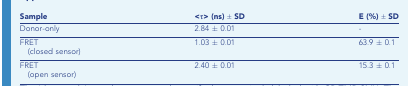
<table><thead><tr><td><b>Sample</b></td><td><b>&lt;τ&gt; (ns) ± SD</b></td><td><b>E (%) ± SD</b></td></tr></thead><tbody><tr><td>Donor-only</td><td>2.84 ± 0.01</td><td>-</td></tr><tr><td>FRET (closed sensor)</td><td>1.03 ± 0.01</td><td>63.9 ± 0.1</td></tr><tr><td>FRET (open sensor)</td><td>2.40 ± 0.01</td><td>15.3 ± 0.1</td></tr></tbody></table>